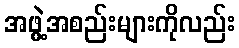
အဖွဲ့အစည်းများကိုလည်း